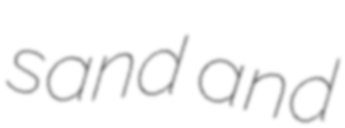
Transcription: sand and